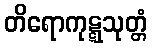
တိရောကုဋ္ဋသုတ္တံ